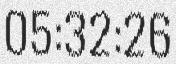
05:32:26